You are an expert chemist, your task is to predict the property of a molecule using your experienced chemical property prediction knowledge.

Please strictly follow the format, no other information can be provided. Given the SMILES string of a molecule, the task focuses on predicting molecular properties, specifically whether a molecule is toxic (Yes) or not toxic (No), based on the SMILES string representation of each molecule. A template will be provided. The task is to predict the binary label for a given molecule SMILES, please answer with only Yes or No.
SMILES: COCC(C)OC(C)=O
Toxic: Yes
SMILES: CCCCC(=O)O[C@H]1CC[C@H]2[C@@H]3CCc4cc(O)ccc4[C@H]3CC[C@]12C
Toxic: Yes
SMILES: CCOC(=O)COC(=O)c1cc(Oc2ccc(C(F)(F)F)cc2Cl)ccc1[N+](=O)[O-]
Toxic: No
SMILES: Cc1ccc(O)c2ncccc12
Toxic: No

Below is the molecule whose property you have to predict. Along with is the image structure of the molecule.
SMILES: COc1ccc2c(c1)c1c3n2CCN(C)C3=NCC1
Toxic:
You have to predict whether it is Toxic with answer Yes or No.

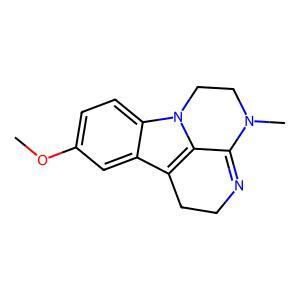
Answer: No